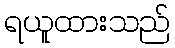
ရယူထားသည်